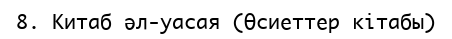
8.	Китаб әл-уасая (Өсиеттер кітабы)